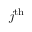
j ^ { \mathrm { t h } }